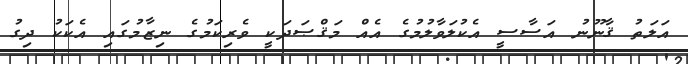
އަލަތު ޤާނޫނު އަސާސީ އެކުލަވާލުމުގެ އެއް މަޤްޞަދަކީ ވެރިކަމުގެ ނިޒާމުގައި އެކަކު ދިގު